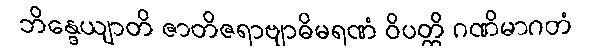
ဘိန္ဒေယျာတိ ဇာတိဇရာဗျာဓိမရဏံ ဝိပတ္တိ ဂဏိမာဂတံ